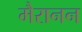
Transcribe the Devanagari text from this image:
मैरानन